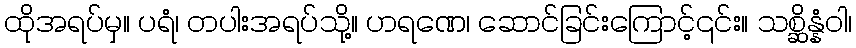
ထိုအရပ်မှ။ ပရံ၊ တပါးအရပ်သို့။ ဟရဏေ၊ ဆောင်ခြင်းကြောင့်၎င်း။ သစ္ဆိန္နံဝါ၊